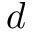
d